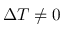
\Delta T \neq 0